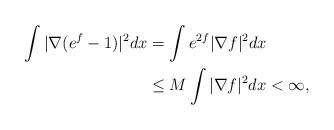
LaTeX: \begin{align*}\int{|\nabla(e^f-1)|^2}dx&=\int{e^{2f}|\nabla f|^2}dx\\&\leq M\int{|\nabla f|^2}dx<\infty,\end{align*}